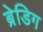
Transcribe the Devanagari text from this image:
ब्रेडिग